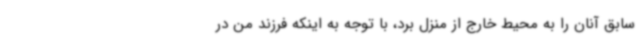
سابق آنان را به محیط خارج از منزل برد، با توجه به اینکه فرزند من در